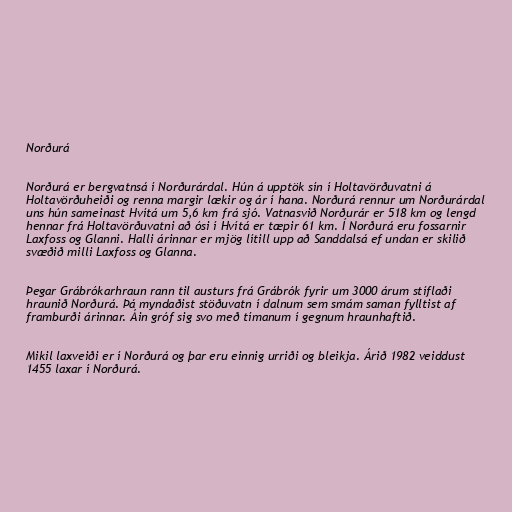
Norðurá

Norðurá er bergvatnsá í Norðurárdal. Hún á upptök sín í Holtavörðuvatni á
Holtavörðuheiði og renna margir lækir og ár í hana. Norðurá rennur um Norðurárdal
uns hún sameinast Hvítá um 5,6 km frá sjó. Vatnasvið Norðurár er 518 km og lengd
hennar frá Holtavörðuvatni að ósi í Hvítá er tæpir 61 km. Í Norðurá eru fossarnir
Laxfoss og Glanni. Halli árinnar er mjög lítill upp að Sanddalsá ef undan er skilið
svæðið milli Laxfoss og Glanna.

Þegar Grábrókarhraun rann til austurs frá Grábrók fyrir um 3000 árum stíflaði
hraunið Norðurá. Þá myndaðist stöðuvatn í dalnum sem smám saman fylltist af
framburði árinnar. Áin gróf sig svo með tímanum í gegnum hraunhaftið.

Mikil laxveiði er í Norðurá og þar eru einnig urriði og bleikja. Árið 1982 veiddust
1455 laxar í Norðurá.